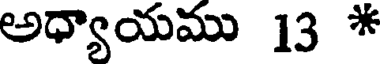
అధ్యాయము 13 *